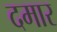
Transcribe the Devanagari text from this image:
दमार